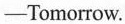
-Tomorrow.